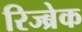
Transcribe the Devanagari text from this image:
रिज्ब्रेक